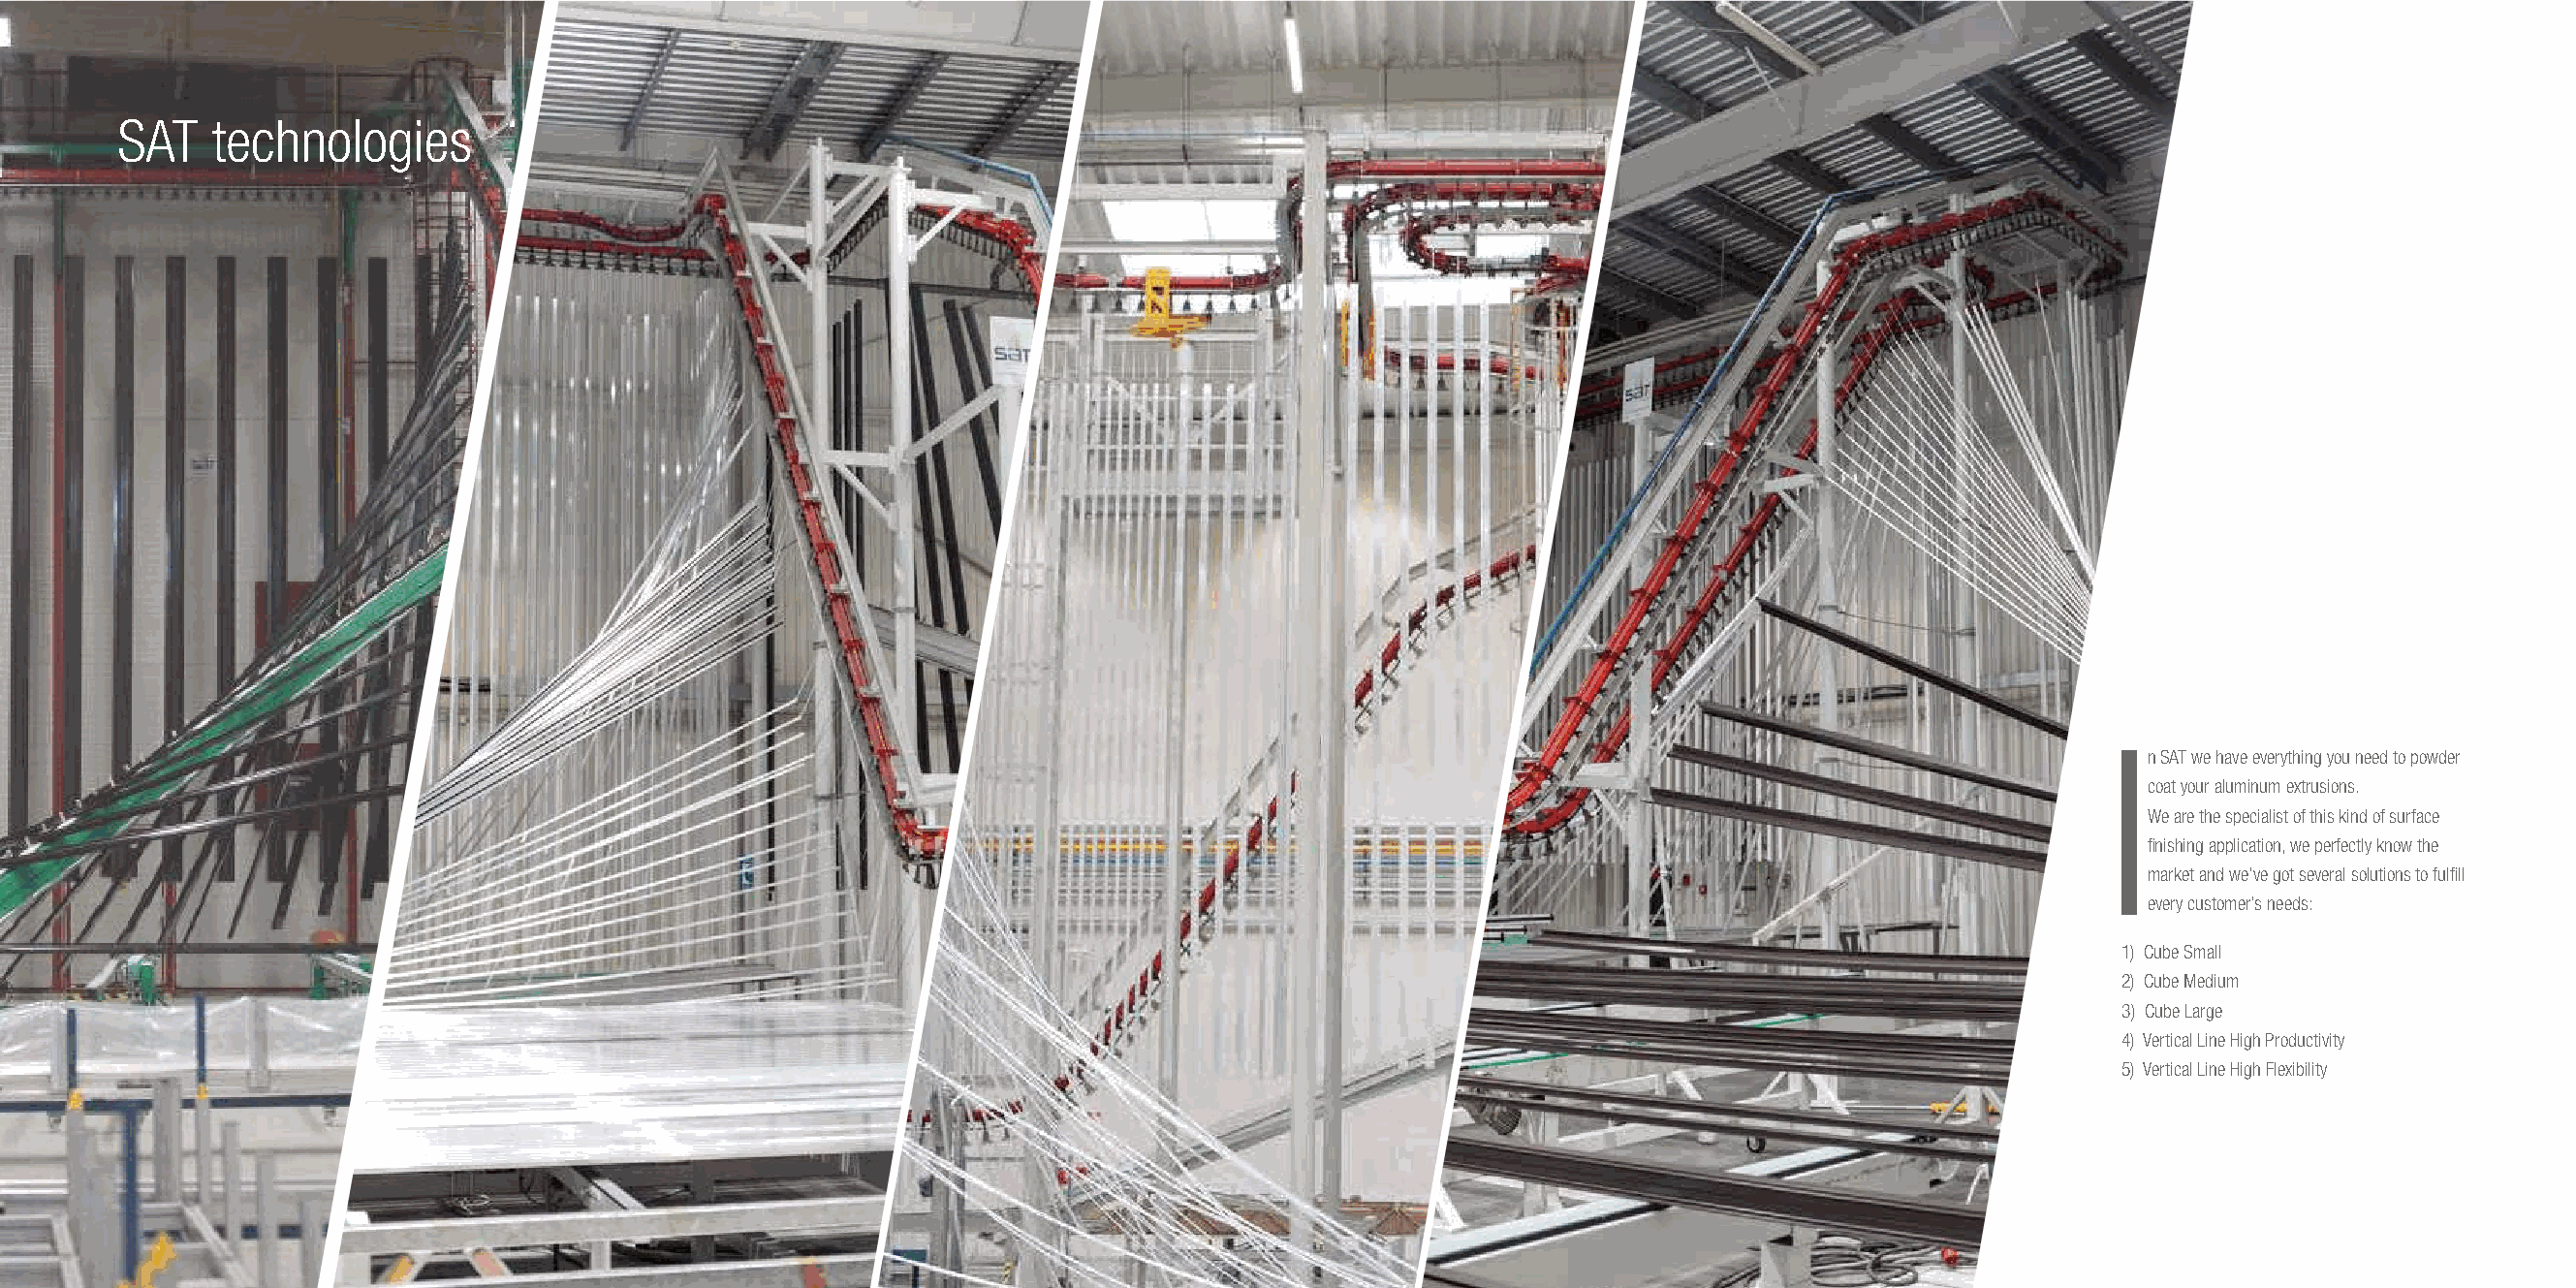
SAT   technologies
 n SAT we have everything you need to powder
 coat your aluminum extrusions.
 We are the specialist of this kind of surface
 finishing application, we perfectly know the
 market and we’ve got several solutions to fulfill
 every customer’s needs:
 1) Cube Small
 2) Cube Medium
 3) Cube Large
 4) Vertical Line High Productivity
 5) Vertical Line High Flexibility